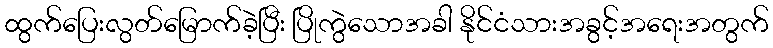
ထွက်ပြေးလွတ်မြောက်ခဲ့ပြီး ပြိုကွဲသောအခါ နိုင်ငံသားအခွင့်အရေးအတွက်